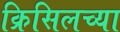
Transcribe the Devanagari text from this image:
क्रिसिलच्या